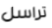
تراسل